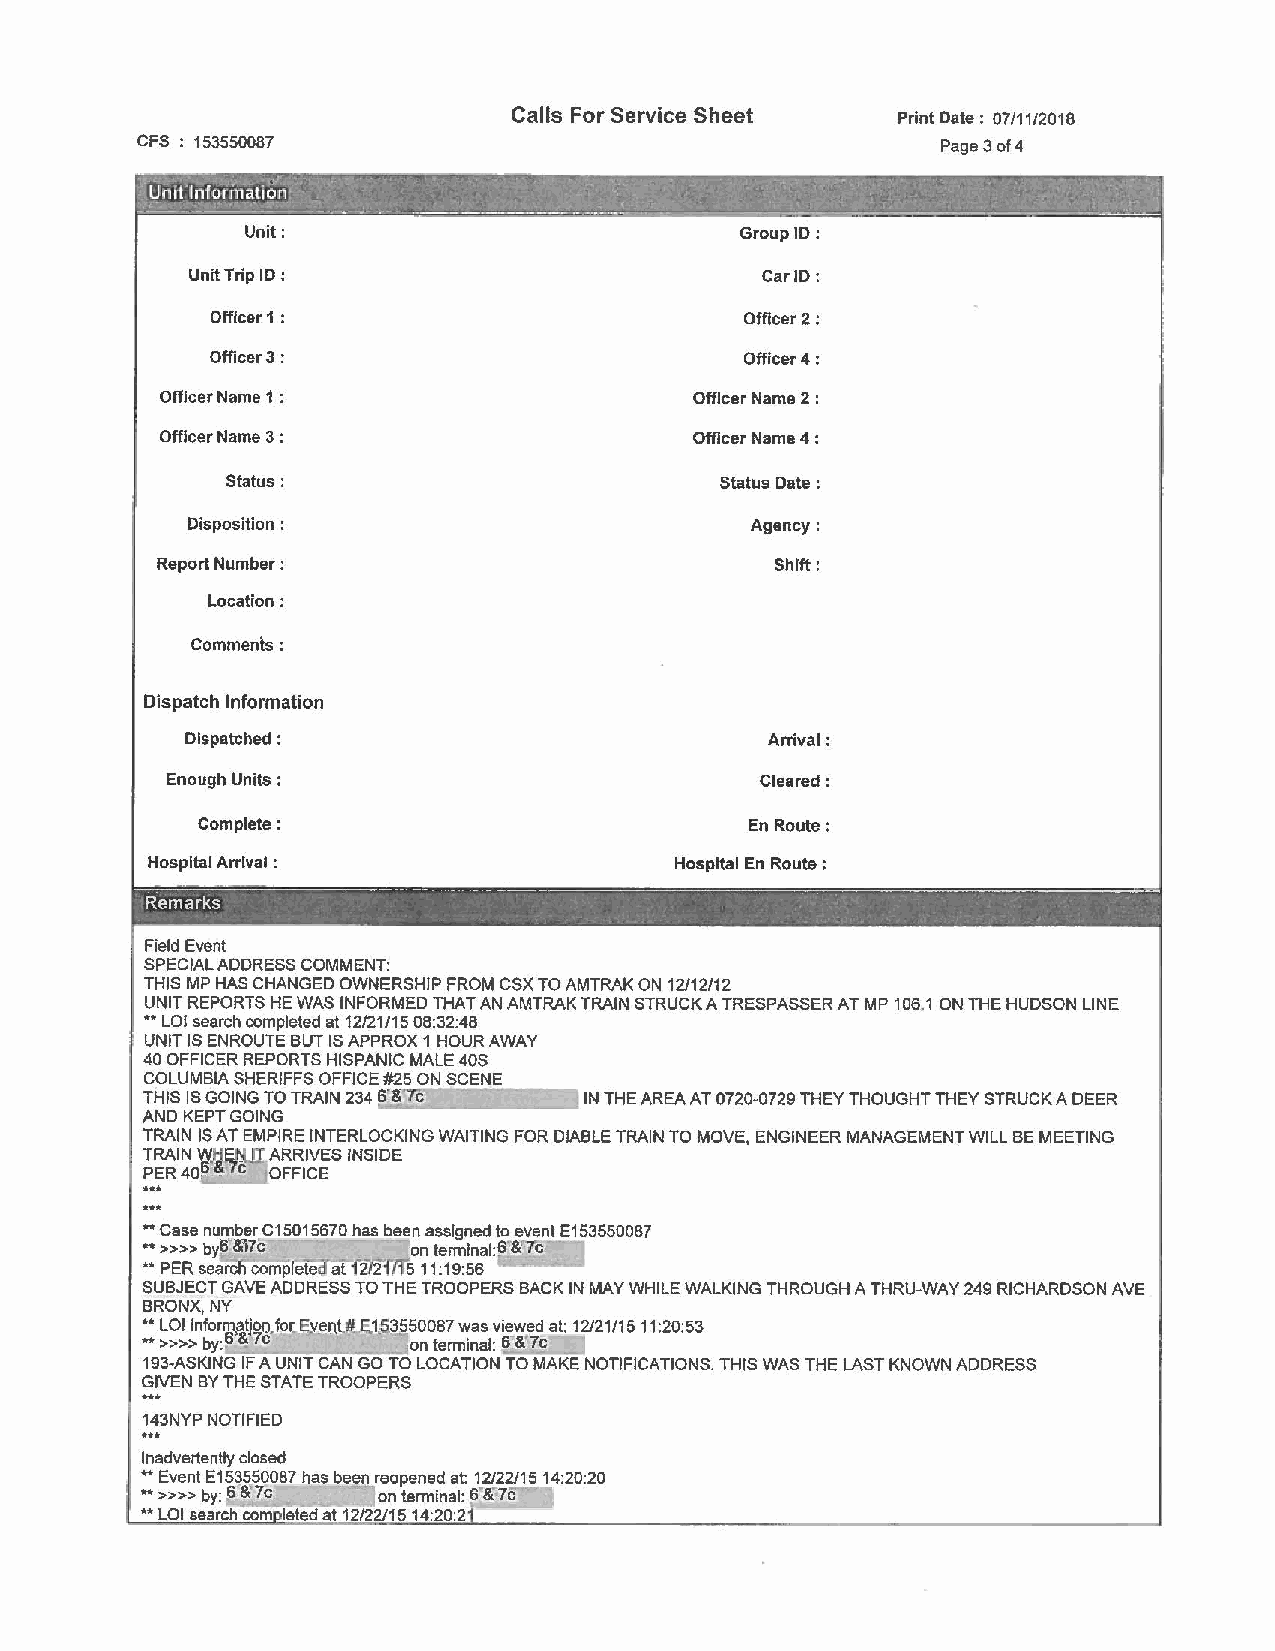
Calls For Service Sheet  Print Date : 07/1112018
 CFS : 153550087                                      Page 3 of4
 Unit:                            Group 1D:
 Unit Trip ID :                        Car ID:
 Officer 1 :                        Officer 2:
 Officer 3:                         Officer 4:
 Officer Name 1 :                   Officer Name 2:
 Officer Name 3 :                   Officer Name 4 :
 Status:                          Status Date :
 Disposition :                         Agency:
 Report Number:                           Shift:
 Location:
 Comments:
 Dispatch Information
 Dispatched :                           Arrival:
 Enough Units:                          Cleared:
 Complete:                            En Route:
 Hospital Arrival :                 Hospital En Route :
 -
 Remarks
 Field Event
 SPECIAL ADDRESS COMMENT:
 THIS MP HAS CHANGED OWNERSHIP FROM CSX TO AMTRAK ON 12/12/12
 UNIT REPORTS HE WAS INFORMED THAT AN AMTRAK TRAIN STRUCK A TRESPASSER AT MP 106.1 ON THE HUDSON LINE
 ** LOI search completed at 12/21/15 08:32:48
 UNIT IS ENROUTE BUT IS APPROX 1 HOUR AWAY
 40 OFFICER REPORTS HISPANIC MALE 40S
 COLUMBIA SHERIFFS OFFICE #25 ON SCENE
 THIS IS GOING TO TRAIN 234 S"&Tc IN THE AREA AT 0720-0729 THEY THOUGHT THEY STRUCK A DEER
 AND KEPT GOING
 TRAIN IS AT EMPIRE INTERLOCKING WAITING FOR DIABLE TRAIN TO MOVE, ENGINEER MANAGEMENT WILL BE MEETING
 .T.R. AIN ~ HE~ ARRIVES INSIDE
 PER 406 ~7c OFFICE
 ** Case number C15015670 has been assigned to event E153550087
 •• »» bylf&'i7c   on terminal:f &7c
 ** PER searcfi completed af'"f2J2'f,r5' 11:19:56
 SUBJECT GAVE ADDRESS TO THE TROOPERS BACK IN MAY WHILE WALKING THROUGH A THRU-WAY 249 RICHARDSON AVE
 BRONX.NY
 ** LOI inform~tjoo,fo[ Ey~nl#);.1.5..3.550087 was viewed at: 12/21 /1 5 11 :20: 53
 ** >>>> by:B & 7c lon terminal: 6"&'7c
 193-ASKING IF A UNIT CAN GO TO LOCATION TO MAKE NOTIFICATIONS. THIS WAS THE LAST KNOWN ADDRESS
 GIVEN BY THE STATE TROOPERS
 ...
 143NYP NOTIFIED
 Inadvertently closed
 ** Event E153550087 has been reopened at: 12/22/15 14:20:20
 1 ** >>>> by: s·&"7c on terminal: f lr7c
 ** LOI search com leted at 12/22/1514:20:2